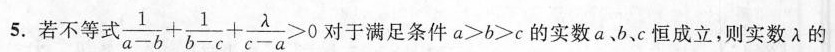
5.若不等式 $$\frac{1}{a-b}+ \frac{1}{b-c}+ \frac{\lambda}{c-a}>0$$ 对于满足条件a>b>c的实数a、b、c恒成立，则实数λ的